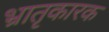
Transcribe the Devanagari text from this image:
भ्रातृकारक